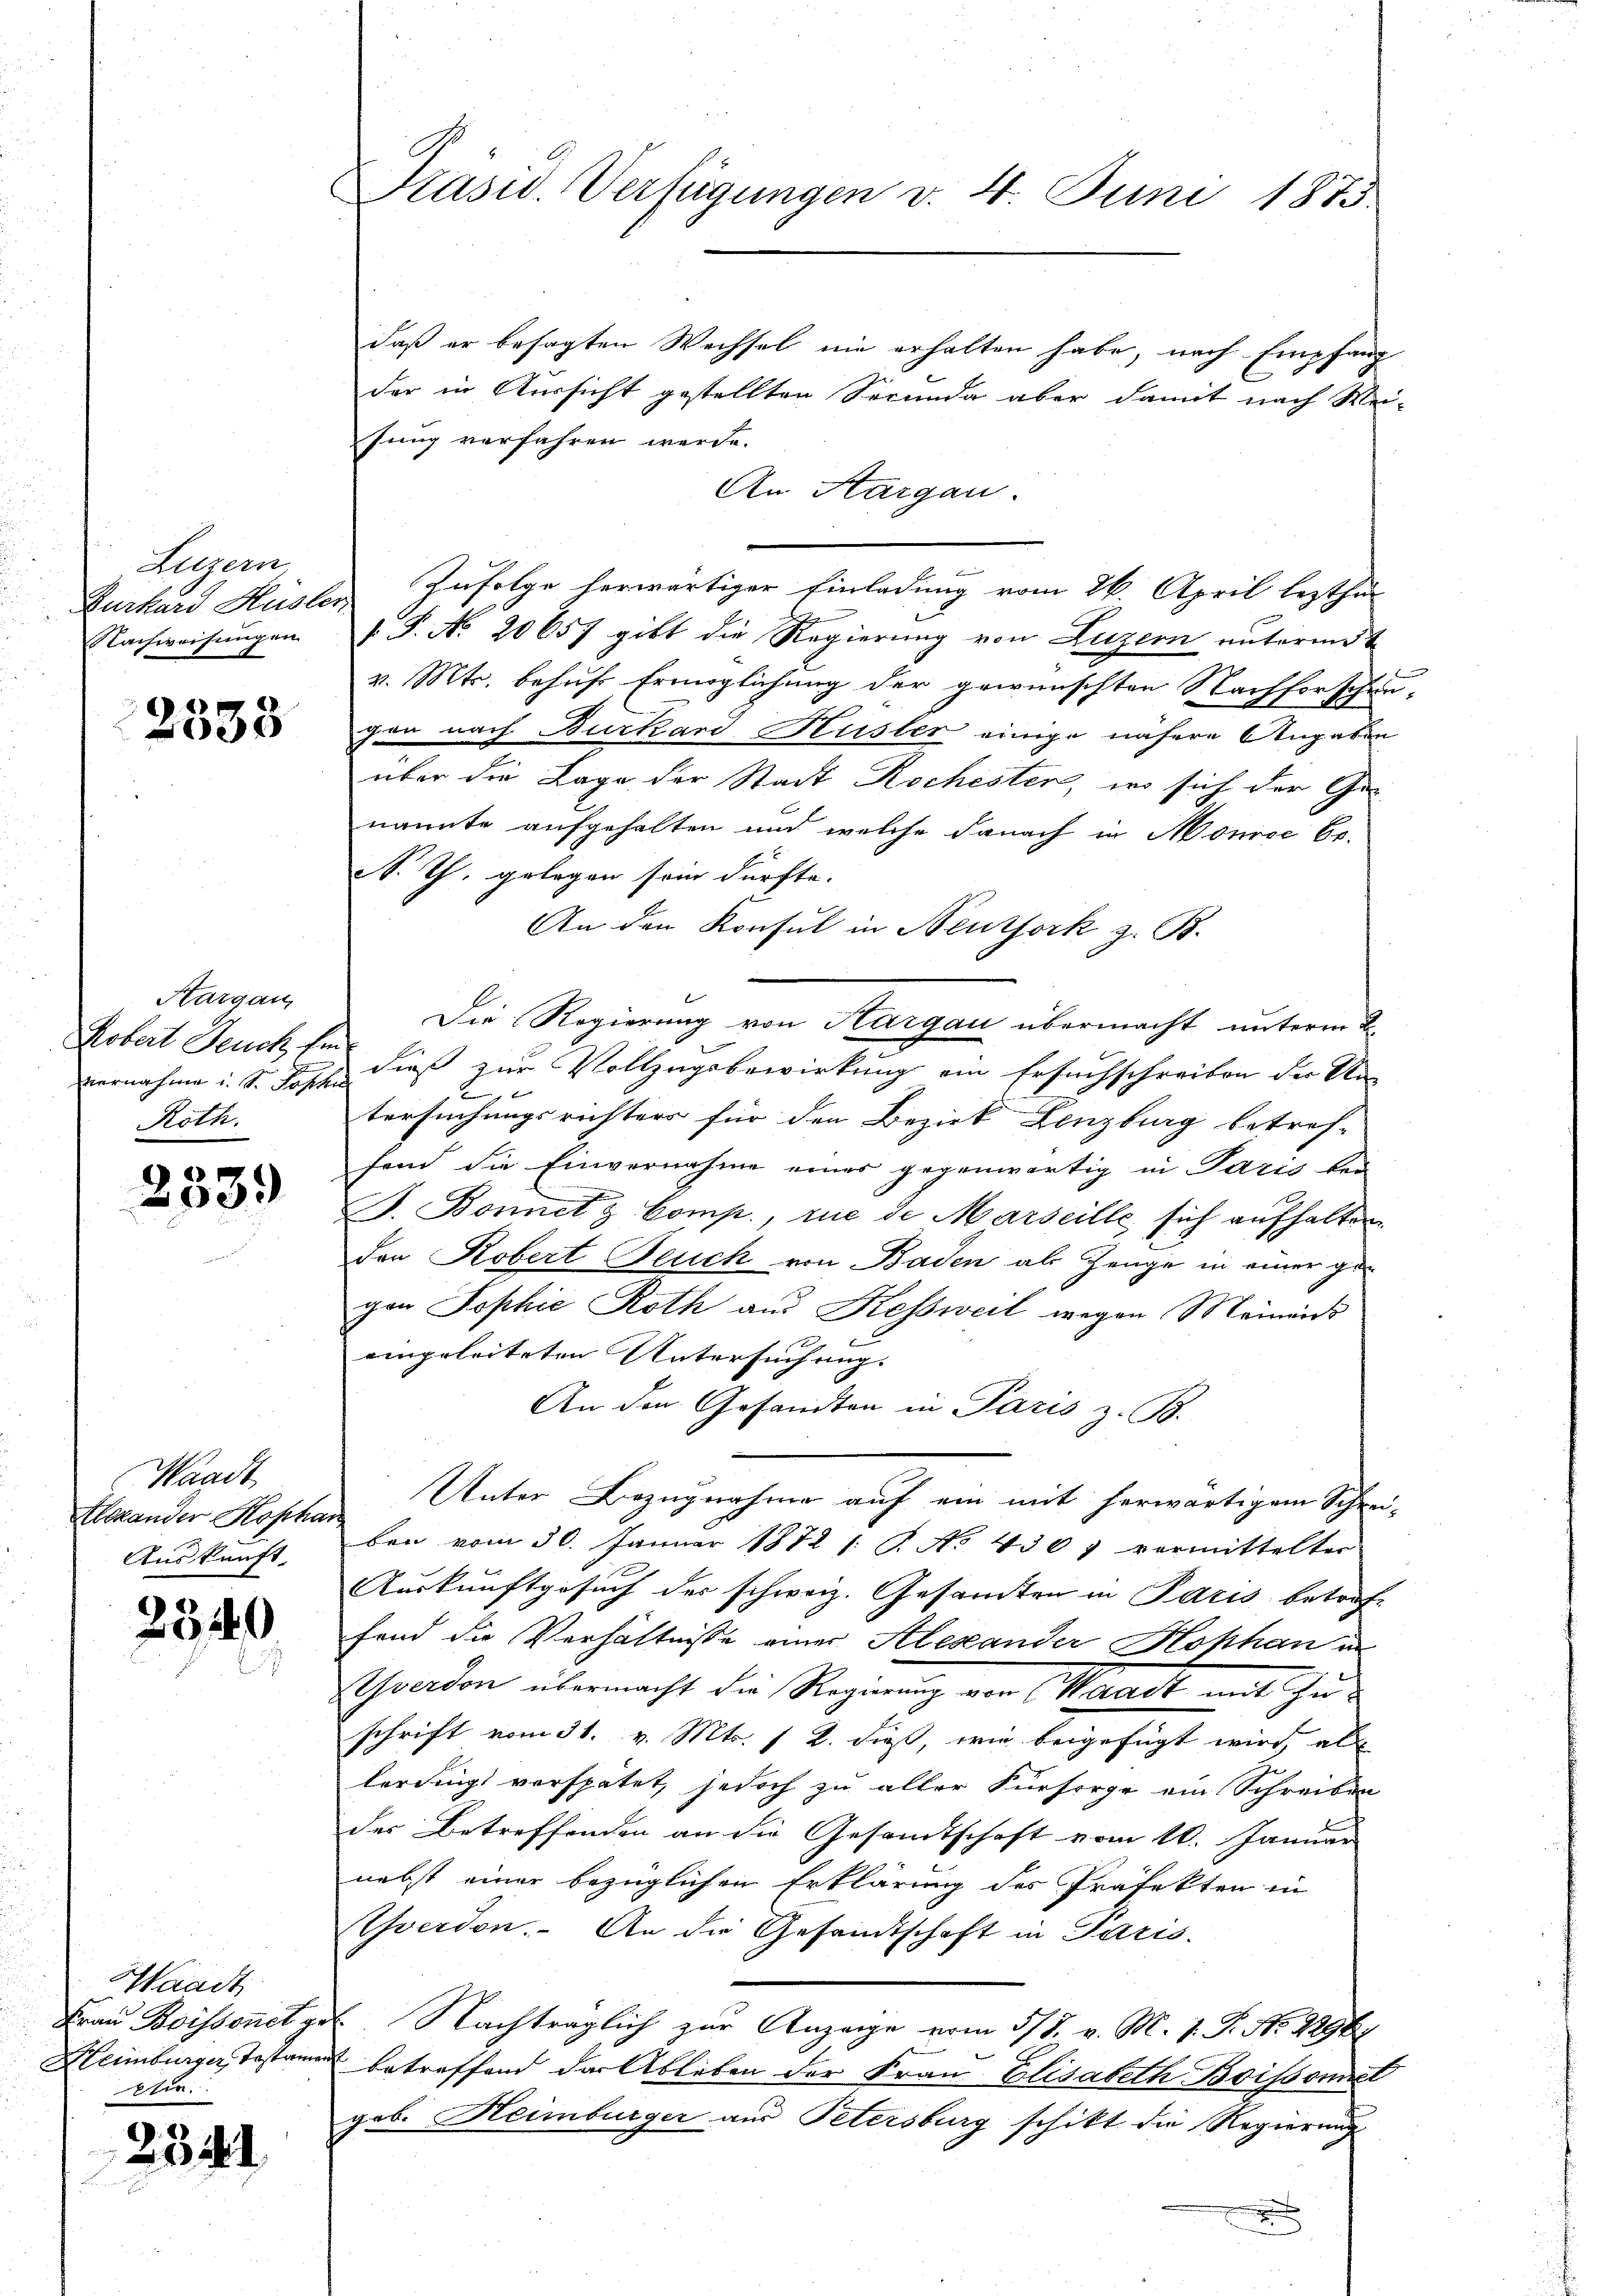
Hegem
Nachweisungen

2533

Hargau,
Kobert Feuch her
Roth.

e
090

Waadt,
Alexander Kopha
Auskunft.

2340

Waadt
Frau Boissonst ge
Heimburger, Testamen
.

2341

Präsid. Verfügungen v. 4. Juni 1873.

daß er besagten Wechsel nie erhalten habe, nach Empfang
der in Aussicht gestellten Secunda aber damit nach Weisung verfahren werde.
An Aargau.
Zurkard Hüsler Zufolge herwärtiger Einladung vom 26. April lezthur
.P. No. 20657 gibt die Regierung von Luzern untermit
v. Mts. behufs Ermöglichung der gewünschten Nachforschen-
gen nach Burkard Huster einige nähere Angaben
über die Lage der Stadt Rochister, wo sich der Genannte aufgehalten und welche danach in Monice be-
N. Th. gelegen sein dürfte.
An den Konsul in Neuthork z. B.
Die Regierung von Hargau übermacht unterm 2.
vernahme i. S. dass dieß zur Vollzugsbewirkung ein Ersuchschreiben der Un

2
tersuchungsrichters für den Bezirk Lenzburg betref-
fend die Einvernahme eines gegenwärtig in Paris kei
F. Bonnet & Comp., rue de Marseille, sich aufhalten.
den Robert Feuch von Baden als Zeuge in einer ge-
gen Sophie Roth aus Kessweil wegen Meinens
eingeleiteten Untersuchung. |
An den Gesandten in Paris z. B.
Unter Bezugnahme auf ein mit herwärtigem Schrei-
ben vom 30. Januar 1872 1. P. No 430. vermittelter
Auskunftgesuch der schweiz. Gesamten in Paris betroffand die Verhältnisse einer Alexander Hophan in
Vverdon übermacht die Regierung von (Waadt mit Zuschrift vom 31. v. Mts. 1 2. dieß, wie beigefügt wird, als
lerdings verspätet, jedoch zu aller Fürsorge ein Schreiben
der Betreffenden an die Gesandtschaft vom 10. Januar
nebst einer bezüglichen Erklärung des Präfekten in
Yverdon. An die Gesandtschaft in Paris.
I. Nachträglich zur Anzeige vom 5/7. v. M. v. P. Nr. 2296
betreffend der Ableben der Frau Elisabeth Boissonnet
gob. Heimburger aus Petersburg schikt die Regierung